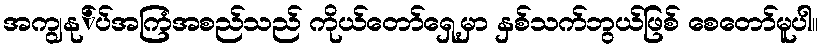
အကျွနု်ပ်အကြံအစည်သည် ကိုယ်တော်ရှေ့မှာ နှစ်သက်ဘွယ်ဖြစ် စေတော်မူပါ။